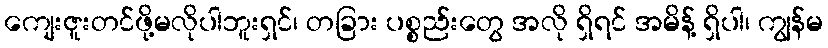
ကျေးဇူးတင်ဖို့မလိုပါဘူးရှင်၊ တခြား ပစ္စည်းတွေ အလို ရှိရင် အမိန့် ရှိပါ၊ ကျွန်မ